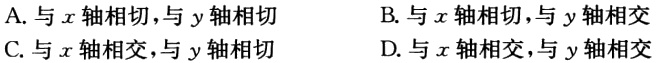
A. 与\(x\)轴相切，与\(y\)轴相切

B. 与\(x\)轴相切，与\(y\)轴相交

C. 与\(x\)轴相交，与\(y\)轴相切

D. 与\(x\)轴相交，与\(y\)轴相交